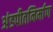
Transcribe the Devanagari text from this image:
अंडपीतनिर्माण